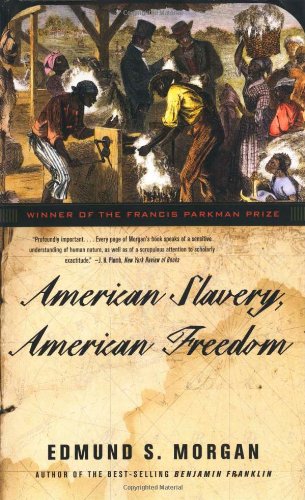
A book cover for American Slavery, American Freedom; Edmund S. Morgan; History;